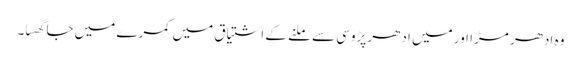
وہ ادھر مڑا اور میں ادھر پڑوسی سے ملنے کے اشتیاق میں کمرے میں جا گھسا۔